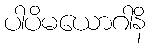
ပါပိမယောဂါနိ